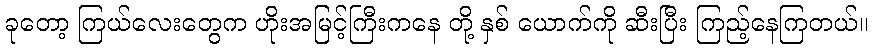
ခုတော့ ကြယ်လေးတွေက ဟိုးအမြင့်ကြီးကနေ တို့ နှစ် ယောက်ကို ဆီးပြီး ကြည့်နေကြတယ်။